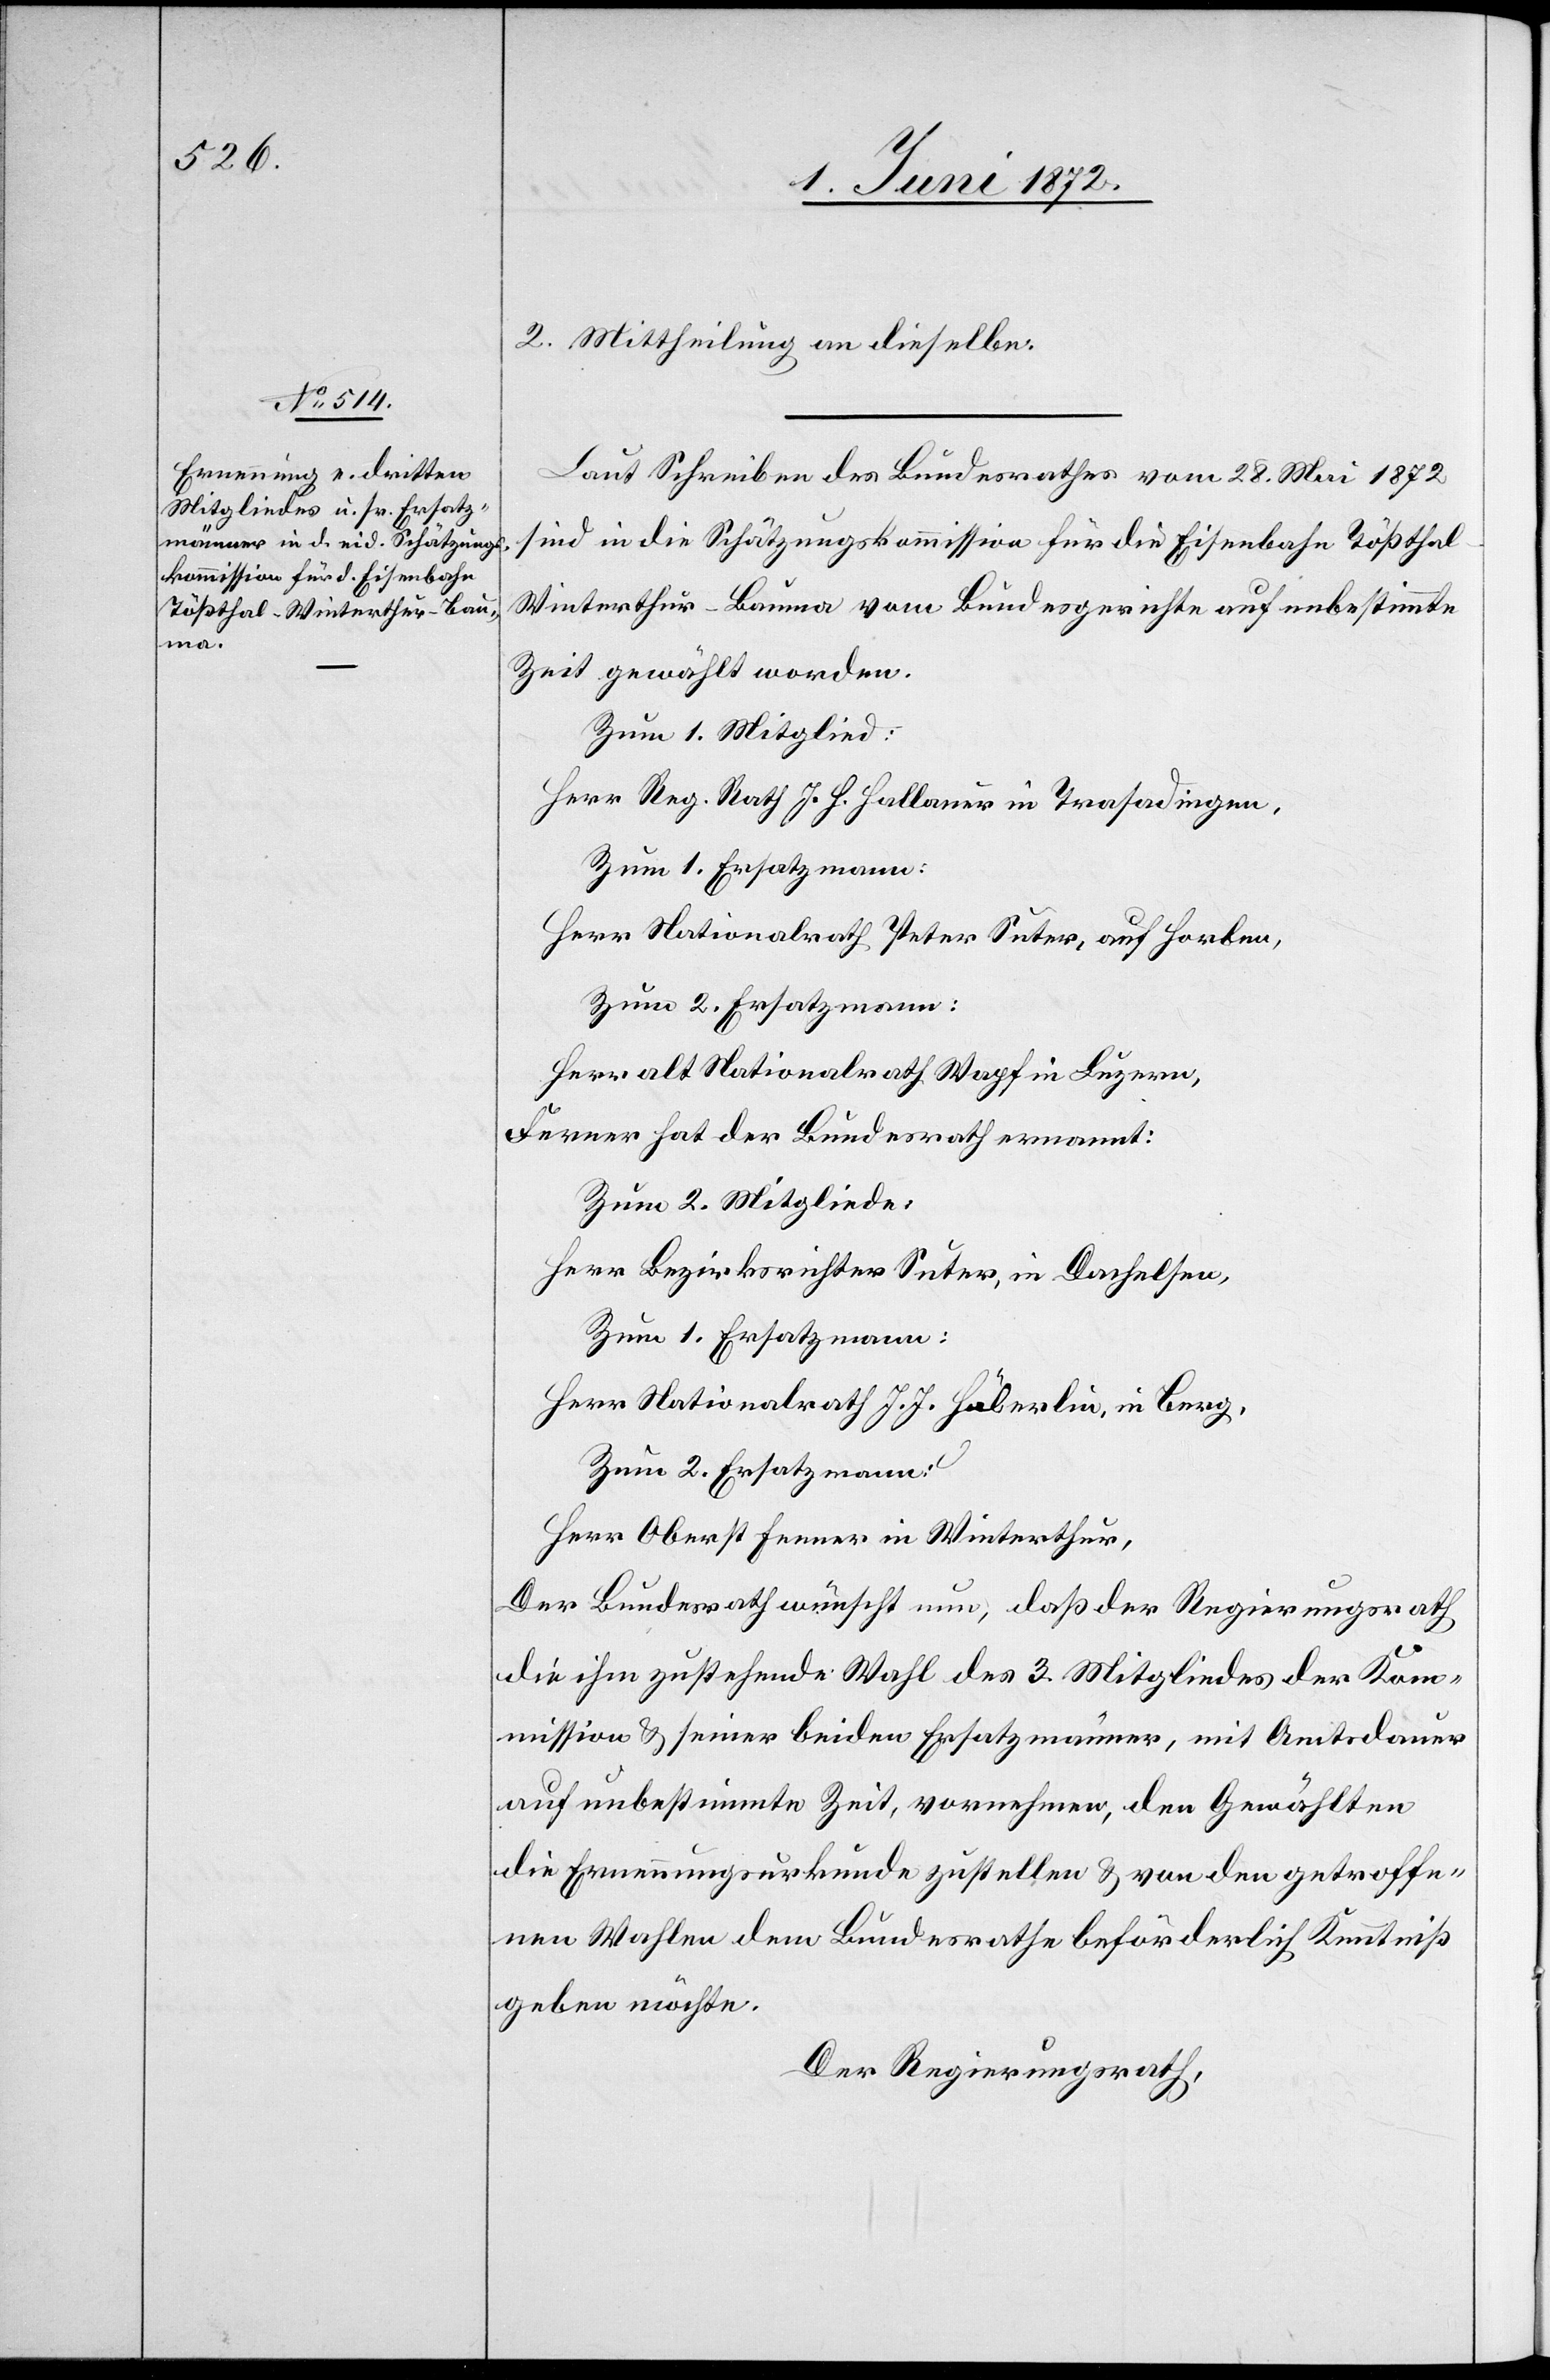
2. Mittheilung an dieselbe.
Laut Schreiben des Bundesrathes vom 28. Mai 1872
sind in die Schätzungskommission für die Eisenbahn Tößthal–W¬
interthur–Bauma vom Bundesgerichte auf unbestimmte
Zeit gewählt worden.
Zum 1. Mitglied:
Herr Reg. Rath J. H. Hallauer in Trasadingen,
Zum 1. Ersatzmann:
Herr Nationalrath Peter Suter, auf Horben,
Zum 2. Ersatzmann:
Herr alt Nationalrath Wapf in Luzern,
Ferner hat der Bundesrath ernannt:
Zum 2. Mitgliede:
Herr Bezirksrichter Suter, in Dachelsen,
Zum 1. Ersatzmann:
Herr Nationalrath J. J. Häberlin, in Berg,
Zum 2. Ersatzmann:
Herr Oberst Fenner in Winterthur,
Der Bundesrath wünscht nun, daß der Regierungsrath
die ihm zustehende Wahl des 3. Mitgliedes der Kom¬
mission u. seiner beiden Ersatzmänner, mit Amtsdauer
auf unbestimmte Zeit, vornehmen, den Gewählten
die Ernennungsurkunde zustellen u. von den getroffe¬
nen Wahlen dem Bundesrathe beförderlich Kenntniß
geben möchte.
Der Regierungsrath,